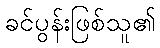
ခင်ပွန်းဖြစ်သူ၏